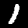
Digit: 1